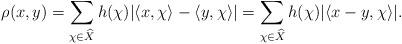
LaTeX: \begin{align*}\rho(x, y)=\sum_{\chi\in \widehat{X}} h(\chi)|\langle x, \chi\rangle - \langle y, \chi\rangle|=\sum_{\chi\in \widehat{X}} h(\chi)|\langle x-y, \chi\rangle|.\end{align*}